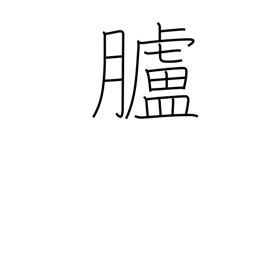
Meaning: skin